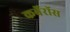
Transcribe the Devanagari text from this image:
कर्बेरॉस